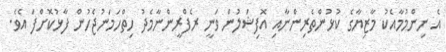
އެ ނިންމުމާއެކު މާޒިޔާގެ ކުޅުންތެރިންނާއި އޮފިޝަލުން ވަނީ ރެފްރީންނާމެދު ހިތްހަމަނުޖެހުން ފާޅުކޮށްފަ އެވެ.